Lock hospitals Punjab
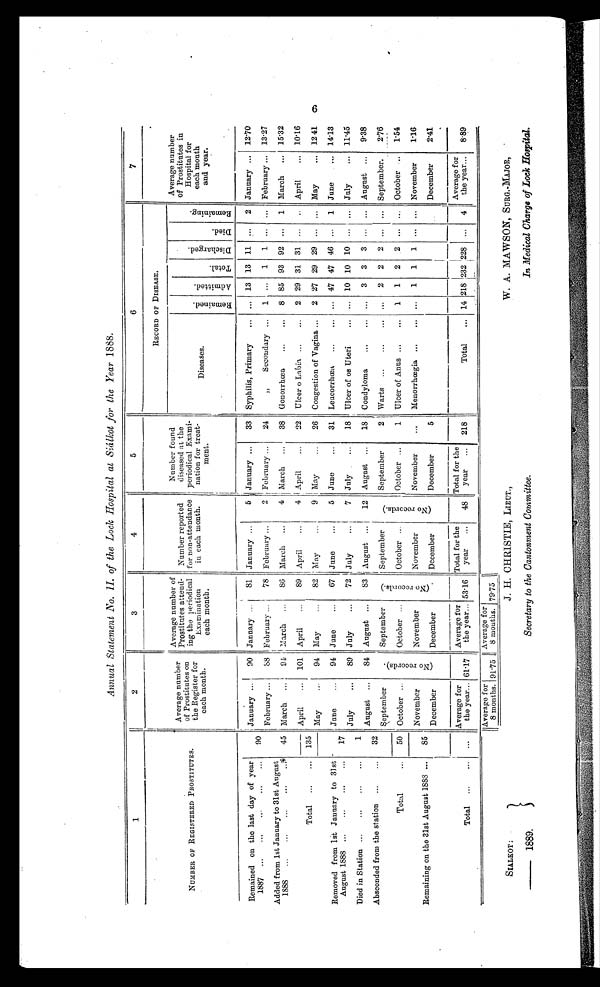
SIALKOT :
— 1889.
J. H. CHRISTIE, LIEUT.,
Secretary to the Cantonment Committee.
W. A. MAWSON, SURG.-MAJOR,
In Medical Charge of Lock Hospital.
Annual Statement No. II. of the Lock Hospital at Siálkot for the Year 1888.
1
2
3
4
5
6
7
NUMBER OF REGISTERED PROSTITUTES.
Average number
of Prostitutes on
the Register for
each month.
Average number of
Prostitutes attend-
ing the periodical
Examination
each month,
Number reported
for non-attendance
in each month,
Number found
diseased at the
periodical Exami-
nation for treat-
ment.
RECORD OF DISEASE.
Average number
of Prostitutes in
Hospital for
each month
and year.
Diseases.
R e m a i n e d . A d m i t t e d .
T o t a l .
D i s c h a r g e d .
D i e d .
R e m a i n i n g .
Remained on the last day of year
1887 ...
...
...
...
. . . 90
January
90 January
81 January
5 January
33 Syphilis, Primary
. . .
. . . 13 13 11 ... 2 January
12.70
February
88 February
78 February
2 February.
24
„
Secondary ... 1 ... 1 1 ... ... February
13.27
Added from 1st January to 31st August
1888 ...
...
...
...
. . . 45 March
91 March
86 March
4 March
38 Gonorrhœa
. . .
. . . 8 85 93 92 ... 1 March
15.32
Total ...
... 135
April
101 April
89 April
4 April
22 Ulcer o Labia ...
... 2 29 31 31
... April
10.16
May
94 May
82 May
9 May
26 Congestion of Vagina ... 2 27 29 29 ... ... May
12 .41
Removed from 1st January to 31st
August 1888 ...
...
...
...
17
June
94 June
67 June
5 June
31 Leucorrhœa ...
... ... 47 47 46 ...
1 June
14.13
July
89 July
72 July
7 July
18 Ulcer of os Uteri
. . . ... 10 10 10
July
11.45
Died in Station ...
...
...
. . .
1
August
84 August
83 August
12 August
18 Condyloma
. . .
. . .
3 3 3 . . .
. . . August
9.38
Absconded from the station ...
. . . 32
September
( N o r e c o r d s ) . September
( N o r e c o r d s ) .
September
( N o r e c o r d s ) . September
2 Warts ... ...
2 2 2 ... ... September
2.76
Total
...
50 October
October ...
October
October
1 Ulcer of Anus
. . . 1 1 2 2 ... ... October ... 1.54
November
November
November
. . .
Menorrhœgia ...
1 1 1 ...
. . . November
1.16
Remaining on the 31st August 1883 ...
85
November
December
December
December
December
5
December
2.41
Total ...
... ...
Average for
the year. 61.17
Average for
the y ear ... 53.16
Total for the
year
...
48
Total for the
year ... 218
Total
.. 14 218 232 228 ... 4
Average for
the year...
8.89
Average for 8 months.
91.75
Average for 8 months.
79.75